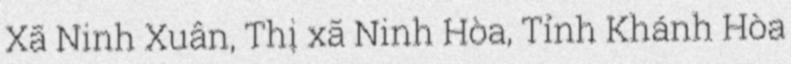
Xã Ninh Xuân, Thị xã Ninh Hòa, Tỉnh Khánh Hòa